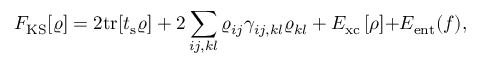
\begin{array} { l } { { \displaystyle F _ { \mathrm { K S } } [ \varrho ] = 2 \mathrm { t r } [ t _ { \mathrm { s } } \varrho ] + 2 \sum _ { i j , k l } \varrho _ { i j } \gamma _ { i j , k l } \varrho _ { k l } + E _ { \mathrm { x c } } \left[ \rho \right] } { \displaystyle + E _ { \mathrm { e n t } } ( f ) } , } \end{array}